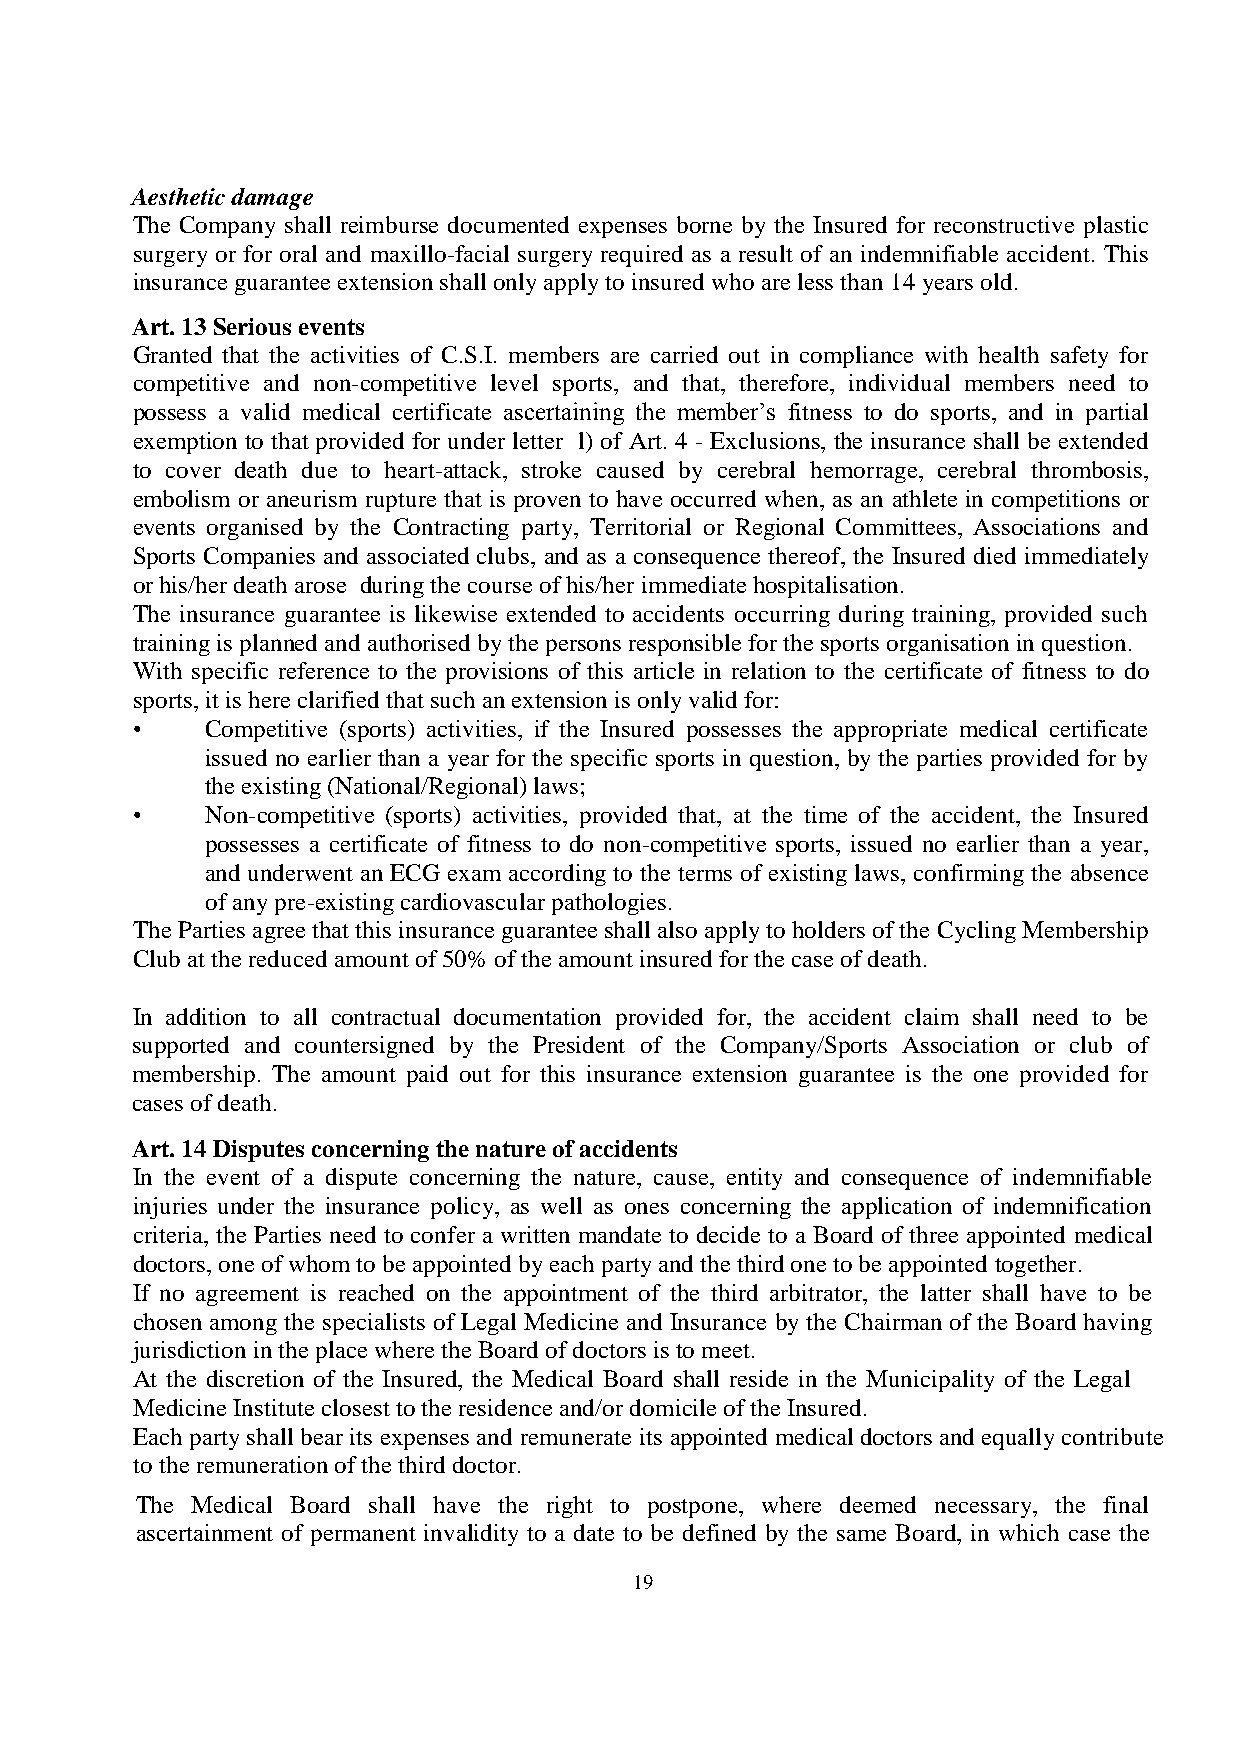
Aesthetic damage
 The Company shall reimburse documented expenses borne by the Insured for reconstructive plastic
 surgery or for oral and maxillo-facial surgery required as a result of an indemnifiable accident. This
 insurance guarantee extension shall only apply to insured who are less than 14 years old.
 Art. 13 Serious events
 Granted that the activities of C.S.I. members are carried out in compliance with health safety for
 competitive and non-competitive level sports, and that, therefore, individual members need to
 possess a valid medical certificate ascertaining the member’s fitness to do sports, and in partial
 exemption to that provided for under letter l) of Art. 4 - Exclusions, the insurance shall be extended
 to cover death due to heart-attack, stroke caused by cerebral hemorrage, cerebral thrombosis,
 embolism or aneurism rupture that is proven to have occurred when, as an athlete in competitions or
 events organised by the Contracting party, Territorial or Regional Committees, Associations and
 Sports Companies and associated clubs, and as a consequence thereof, the Insured died immediately
 or his/her death arose during the course of his/her immediate hospitalisation.
 The insurance guarantee is likewise extended to accidents occurring during training, provided such
 training is planned and authorised by the persons responsible for the sports organisation in question.
 With specific reference to the provisions of this article in relation to the certificate of fitness to do
 sports, it is here clarified that such an extension is only valid for:
 •    Competitive (sports) activities, if the Insured possesses the appropriate medical certificate
 issued no earlier than a year for the specific sports in question, by the parties provided for by
 the existing (National/Regional) laws;
 •    Non-competitive (sports) activities, provided that, at the time of the accident, the Insured
 possesses a certificate of fitness to do non-competitive sports, issued no earlier than a year,
 and underwent an ECG exam according to the terms of existing laws, confirming the absence
 of any pre-existing cardiovascular pathologies.
 The Parties agree that this insurance guarantee shall also apply to holders of the Cycling Membership
 Club at the reduced amount of 50% of the amount insured for the case of death.
 In addition to all contractual documentation provided for, the accident claim shall need to be
 supported and countersigned by the President of the Company/Sports Association or club of
 membership. The amount paid out for this insurance extension guarantee is the one provided for
 cases of death.
 Art. 14 Disputes concerning the nature of accidents
 In the event of a dispute concerning the nature, cause, entity and consequence of indemnifiable
 injuries under the insurance policy, as well as ones concerning the application of indemnification
 criteria, the Parties need to confer a written mandate to decide to a Board of three appointed medical
 doctors, one of whom to be appointed by each party and the third one to be appointed together.
 If no agreement is reached on the appointment of the third arbitrator, the latter shall have to be
 chosen among the specialists of Legal Medicine and Insurance by the Chairman of the Board having
 jurisdiction in the place where the Board of doctors is to meet.
 At the discretion of the Insured, the Medical Board shall reside in the Municipality of the Legal
 Medicine Institute closest to the residence and/or domicile of the Insured.
 Each party shall bear its expenses and remunerate its appointed medical doctors and equally contribute
 to the remuneration of the third doctor.
 The Medical Board shall have the right to postpone, where deemed necessary, the final
 ascertainment of permanent invalidity to a date to be defined by the same Board, in which case the
 19